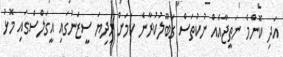
އަދި ކޮންމެ ނަތީޖާއެއް ނުކުތަސް ގަބޫލުކުރާނެ ކަމަށް މިދިޔަ ސީޒަނުގައި އީގަލްސްގައި މޮޅު